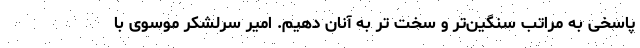
پاسخی به مراتب سنگین‌تر و سخت تر به آنان دهیم. امیر سرلشکر موسوی با